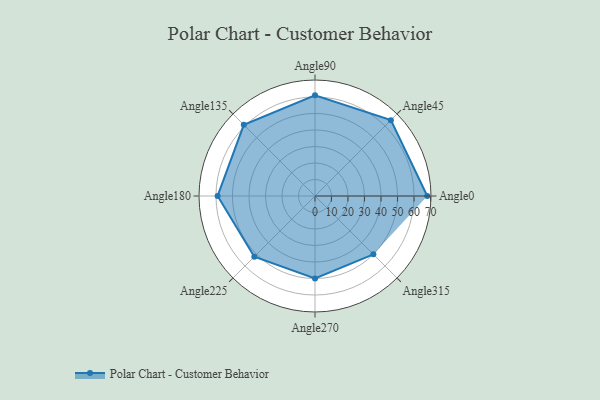
{"axis": {"x": "Angle", "y": "Radius"}, "legend": [""], "data": [{"x": "Angle0", "y": 68.0, "type": ""}, {"x": "Angle45", "y": 65.0, "type": ""}, {"x": "Angle90", "y": 61.0, "type": ""}, {"x": "Angle135", "y": 61.0, "type": ""}, {"x": "Angle180", "y": 59.0, "type": ""}, {"x": "Angle225", "y": 52.0, "type": ""}, {"x": "Angle270", "y": 50, "type": ""}, {"x": "Angle315", "y": 50, "type": ""}]}